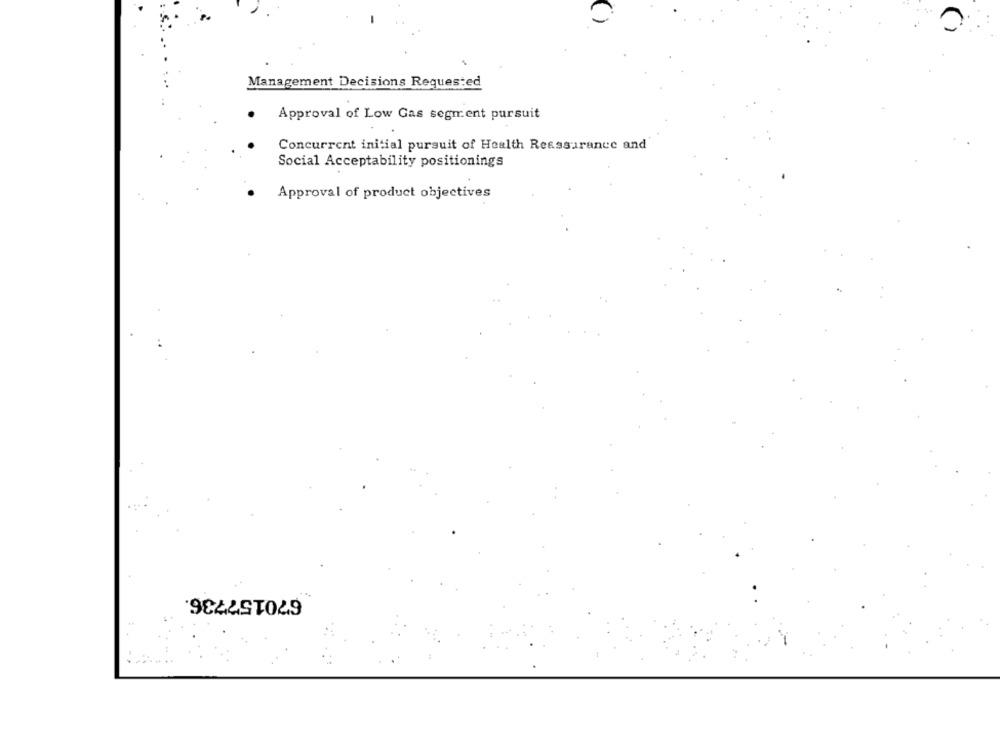
Management Decisions Requested
Approval of Low Gas segment pursuit
Concurrent initial pursuit of Health Reassurance and
Social Acceptability positionings
Approval of product objectives
670157736.